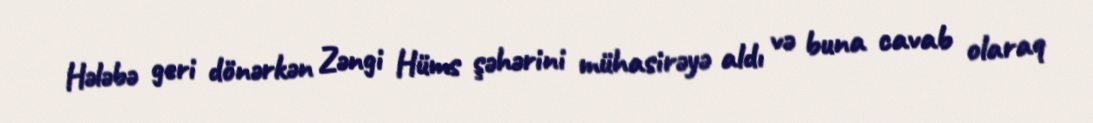
Hələbə geri dönərkən Zəngi Hüms şəhərini mühasirəyə aldı və buna cavab olaraq